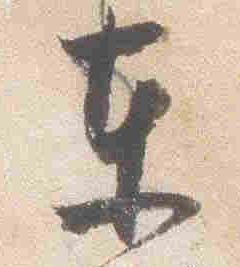
東